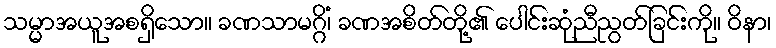
သမ္မာအယူအစရှိသော။ ခဏသာမဂ္ဂိံ၊ ခဏအစိတ်တို့၏ ပေါင်းဆုံညီညွတ်ခြင်းကို။ ဝိနာ၊